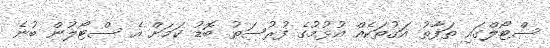
ސްޓޯލްގައި ތަފާތު އަގުތަކެއް އުޅުމުގެ ފުރުސަތު ބޮޑު ކަމަށް އެ ސްޓޯލުން ބުނެ